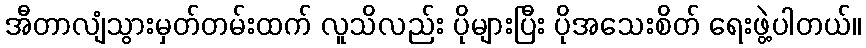
အီတာလျံသွားမှတ်တမ်းထက် လူသိလည်း ပိုများပြီး ပိုအသေးစိတ် ရေးဖွဲ့ပါတယ်။